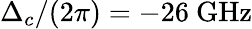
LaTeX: \Delta_{c}/(2\pi)=-26~\mathrm{GHz}